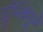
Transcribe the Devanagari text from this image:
दुर्भिक्षेमुळे